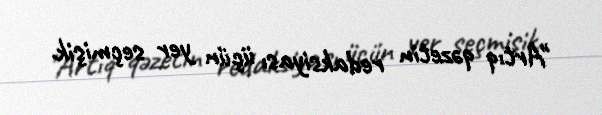
"Artıq qəzetin redaksiyası üçün yer seçmişik.